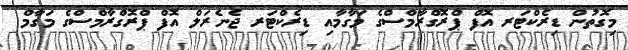
މިގޮތުން ޑިރެކްޓަރ އޮފް ޕްރޮގްރާމްސްގެ މަގާމާއި ޑިރެކްޓަރ ޖެނެރަލް އޮފް ޕްރޮގްރާމްސްގެ މަގާމް